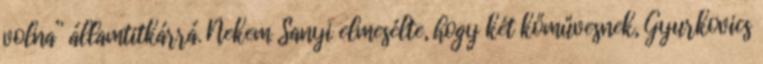
volna” államtit­kárrá. Nekem Sanyi elmesélte, hogy két kőművesnek, Gyurkovics